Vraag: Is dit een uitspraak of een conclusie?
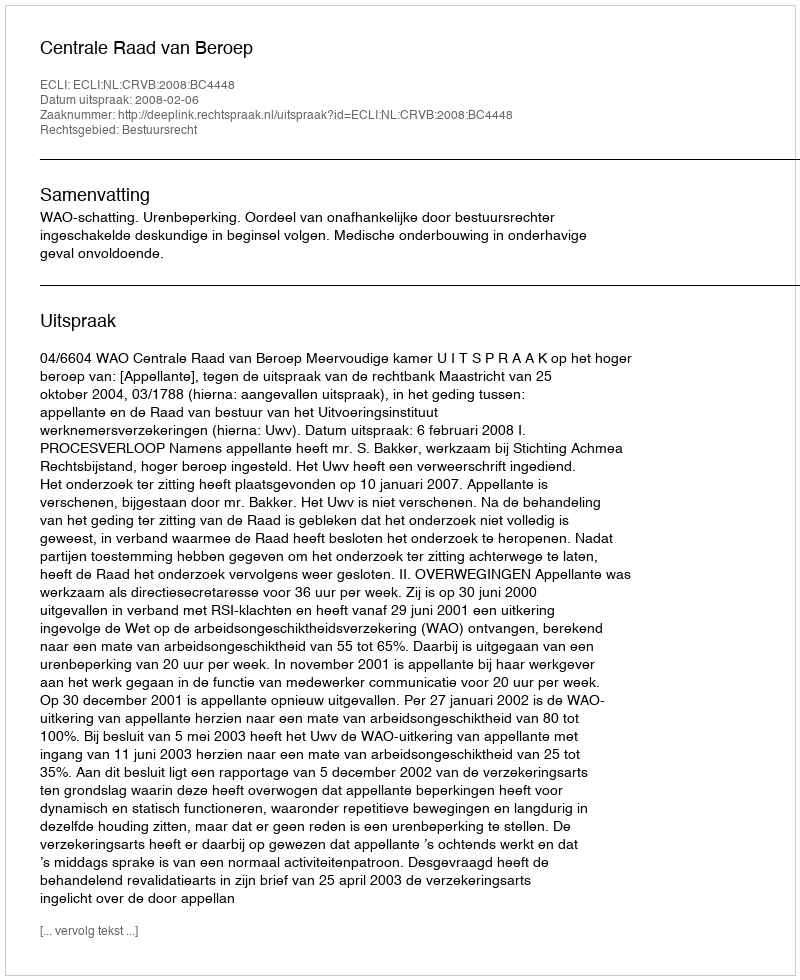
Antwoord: Uitspraak